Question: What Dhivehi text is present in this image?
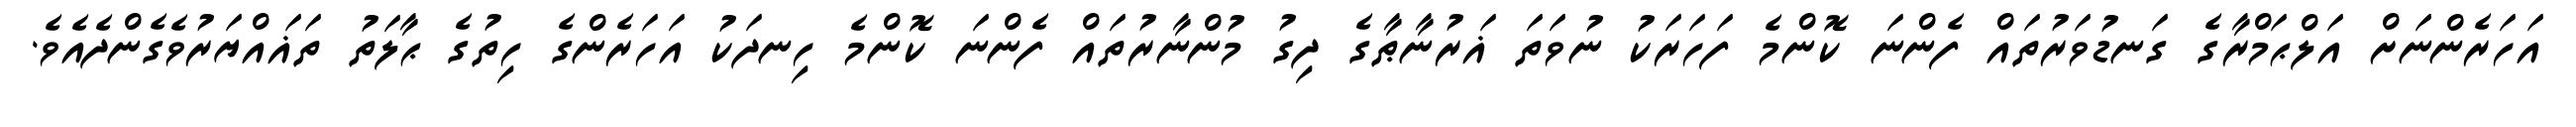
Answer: އަހަރެންނަށް އަލްޙަމްރާގެ ގަނޑުވަރުތައް ފެންނަ ކޮންމެ ފަހަރަކު ނުވަތަ ޣަރުނާޠާގެ ދިގު މުންނާރުތައް ފެންނަ ކޮންމެ ހިނދަކު އަހަރެންގެ ހިތުގެ ޙާލަތު ތަޣައްޔަރުވެގެންދެއެވެ.